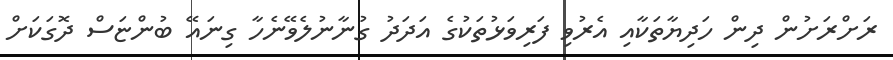
ރަށްރަށުން ދިން ހަދިޔާތަކާއި އެރުވި ފަރިވަޅުތަކުގެ އަދަދު ގުނާނުލެވޭނެހާ ގިނައޭ ބުންޏަސް ދޮގަކަށް